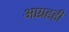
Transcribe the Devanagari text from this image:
आग्रहही